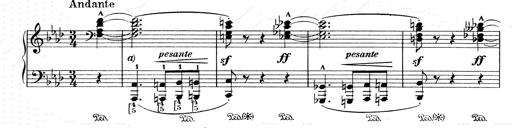
Title: Weinen, Klagen, Sorgen, Zagen
Composer: Franz Liszt